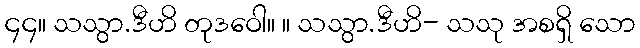
၄၄။ သသွာ.ဒီဟိ တုဒဝေါ။ ။ သသွာ.ဒီဟိ- သသု အစရှိ သော